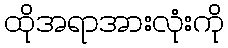
ထိုအရာအားလုံးကို